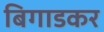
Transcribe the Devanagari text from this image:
बिगाडकर